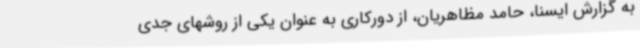
به گزارش ایسنا، حامد مظاهریان، از دورکاری به عنوان یکی از روشهای جدی